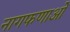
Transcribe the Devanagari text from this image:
नागफणाओं